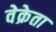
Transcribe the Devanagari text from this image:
वेक्रेता